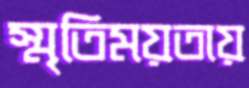
স্মৃতিময়তায়